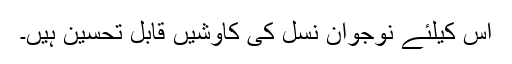
اس کیلئے نوجوان نسل کی کاوشیں قابل تحسین ہیں۔